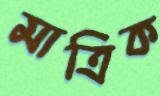
মাত্রিক